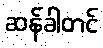
ဆန်ခါတင်